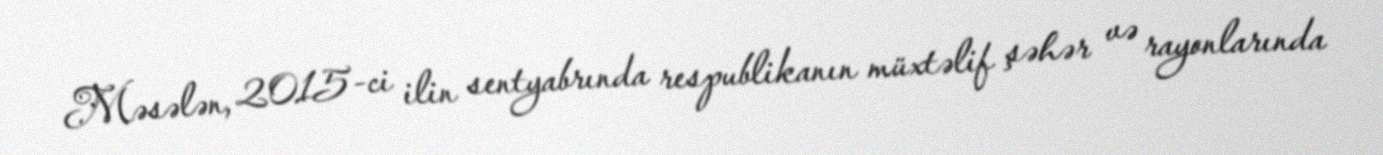
Məsələn, 2015-ci ilin sentyabrında respublikanın müxtəlif şəhər və rayonlarında